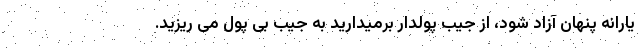
یارانه پنهان آزاد شود، از جیب پولدار برمیدارید به جیب بی پول می ریزید.